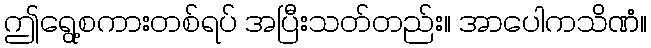
ဤရွေ့စကားတစ်ရပ် အပြီးသတ်တည်း။ အာပေါကသိဏံ။